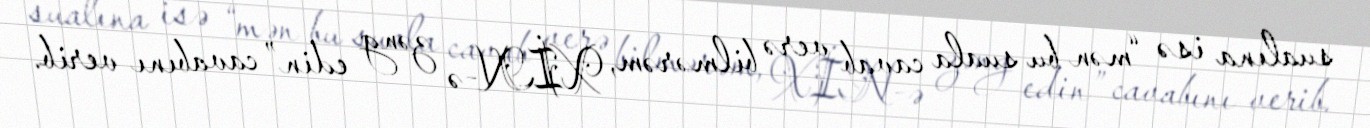
sualına isə “mən bu suala cavab verə bilmərəm, XİN-ə zəng edin” cavabını verib.